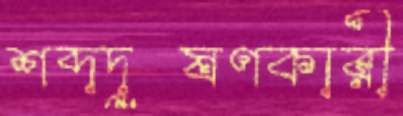
শব্দদূষণকারী